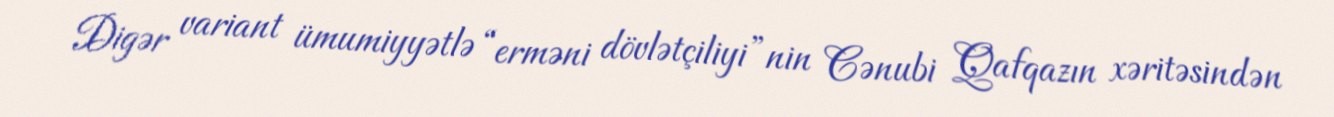
Digər variant ümumiyyətlə “erməni dövlətçiliyi”nin Cənubi Qafqazın xəritəsindən